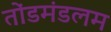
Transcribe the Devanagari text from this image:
तोंडमंडलम